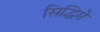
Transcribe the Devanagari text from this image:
सिद्धिमें